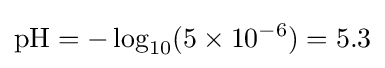
{\mathrm {pH} }=-\log _{10}(5\times 10^{-6})=5.3